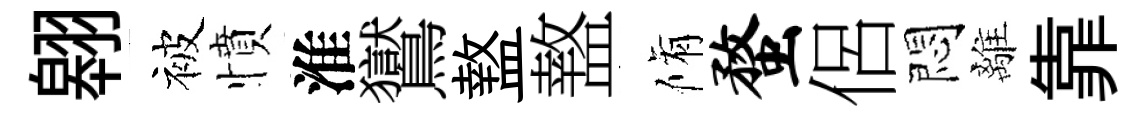
翱被憤淮鸑盩盩脩蝥侶悶離靠